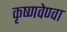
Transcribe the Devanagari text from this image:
कृष्णवेण्वा